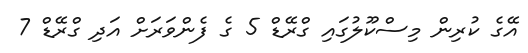
އޭގެ ކުރިން މިސްކޫލުގައި ގްރޭޑް 5 ގެ ފެންވަރަށް އަދި ގްރޭޑް 7